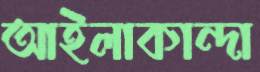
আইলাকান্দা